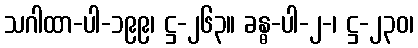
သဂါထာ-ပါ-၁၉၉၊ ဋ္ဌ-၂၆၃။ ခန္ဓ-ပါ-၂-၊ ဋ္ဌ-၂၃၀၊